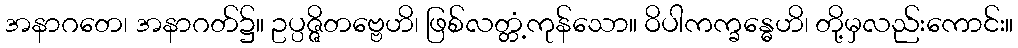
အနာဂတေ၊ အနာဂတ်၌။ ဥပ္ပဇ္ဇိတဗ္ဗေဟိ၊ ဖြစ်လတ္တံ့ကုန်သော။ ဝိပါကက္ခန္ဓေဟိ၊ တို့မှလည်းကောင်း။